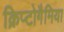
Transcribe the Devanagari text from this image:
क्रिप्टोगैमिया